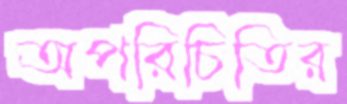
অপরিচিতির